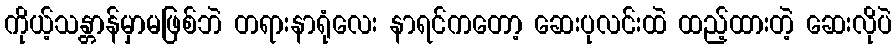
ကိုယ့်သန္တာန်မှာမဖြစ်ဘဲ တရားနာရုံလေး နာရင်ကတော့ ဆေးပုလင်းထဲ ထည့်ထားတဲ့ ဆေးလိုပဲ